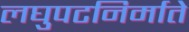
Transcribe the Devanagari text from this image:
लघुपटनिर्माते